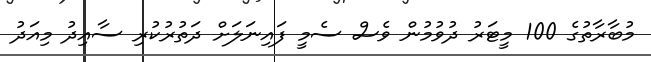
މުބާރާތުގެ 100 މީޓަރު ދުވުމުން ވެސް ސެމީ ފައިނަލަށް ދަތުރުކުރި ސާއިދު މިއަދު